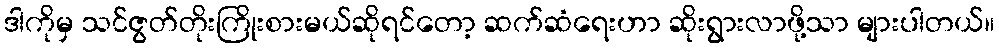
ဒါကိုမှ သင်ဇွတ်တိုးကြိုးစားမယ်ဆိုရင်တော့ ဆက်ဆံရေးဟာ ဆိုးရွားလာဖို့သာ များပါတယ်။